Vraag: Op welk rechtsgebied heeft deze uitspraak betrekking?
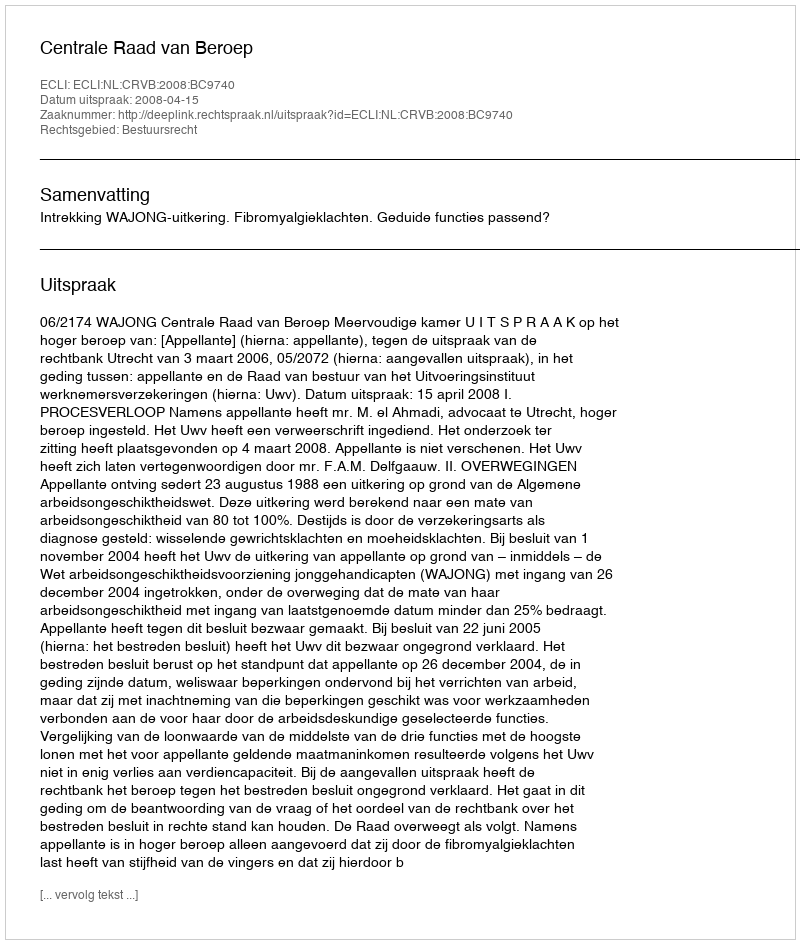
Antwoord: Bestuursrecht